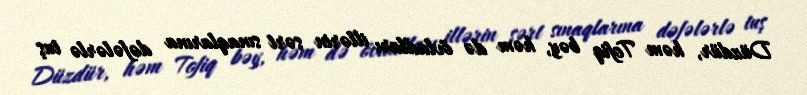
Düzdür, həm Tofiq bəy, həm də övladları illərin sərt sınaqlarına dəfələrlə tuş